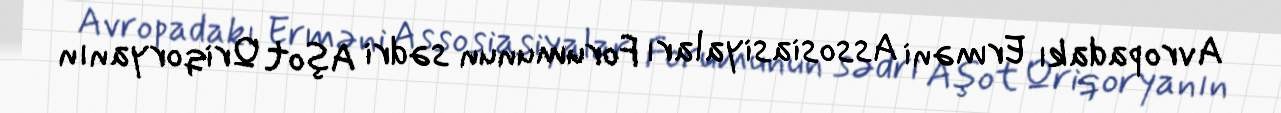
Avropadakı Erməni Assosiasiyaları Forumunun sədri Aşot Qriqoryanın